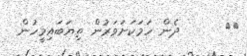
١٦      ދެން ހަމަކަށަވަރުން ތިޔަބައިމީހުން